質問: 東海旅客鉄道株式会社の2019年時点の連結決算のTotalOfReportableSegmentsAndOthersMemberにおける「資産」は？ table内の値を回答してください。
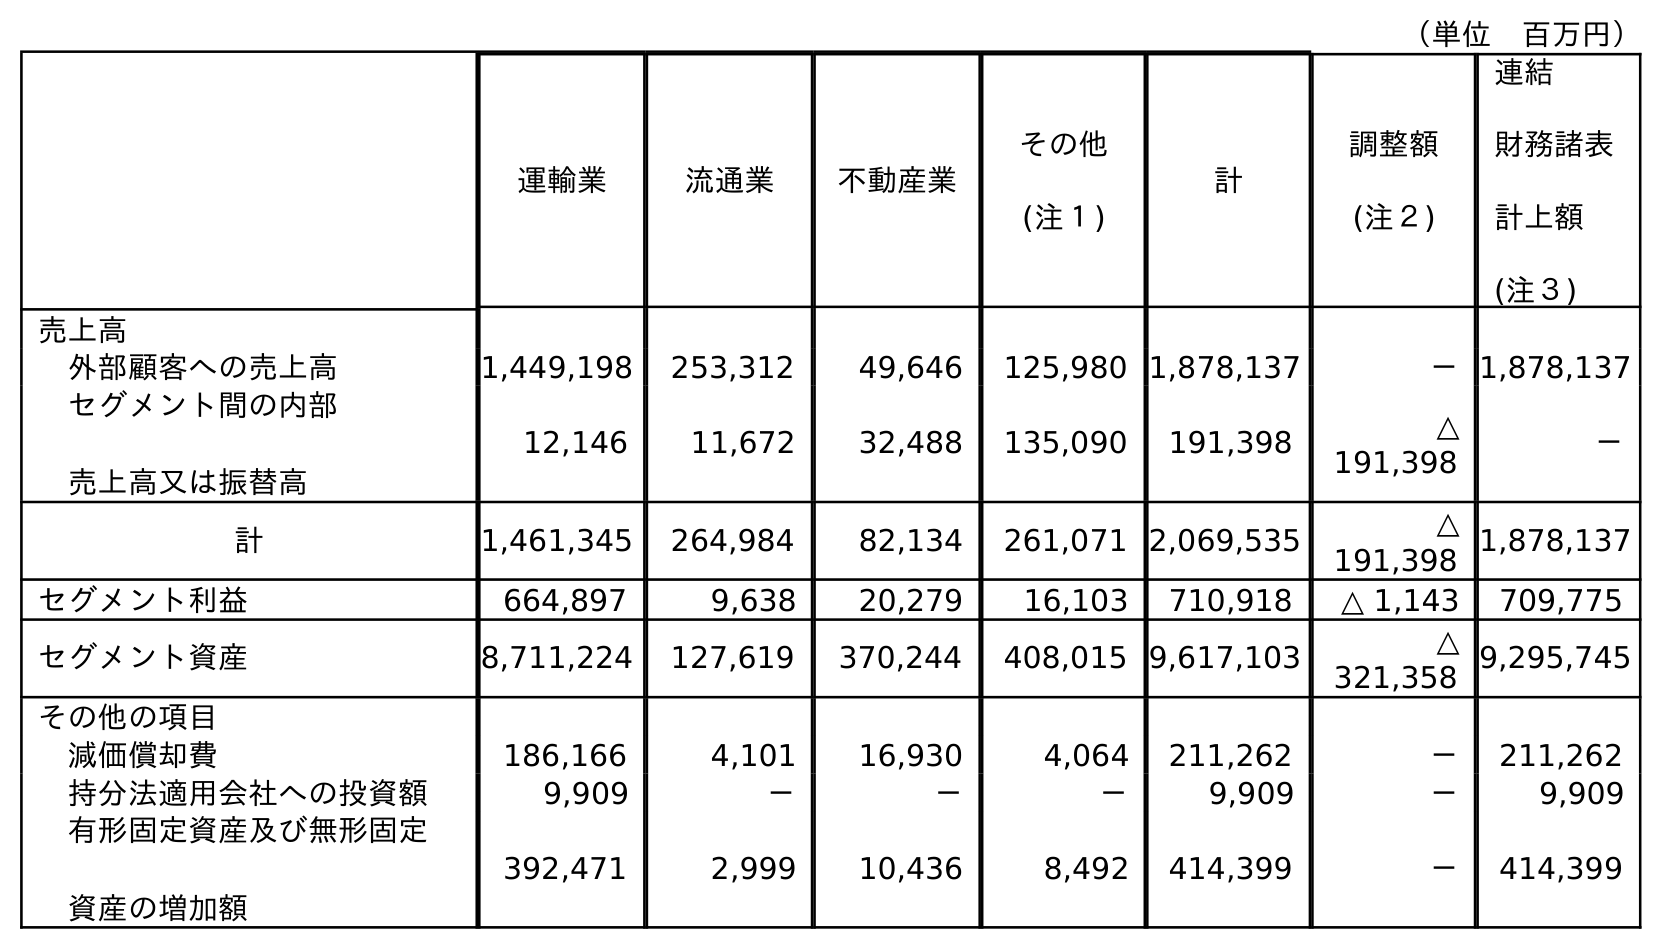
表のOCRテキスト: （単位 百万円） 運輸業 流通業 不動産業 その他 (注１) 計 調整額 (注２) 連結 財務諸表 計上額 (注３) 売上高 外部顧客への売上高 1,449,198 253,312 49,646 125,980 1,878,137 －1,878,137 セグメント間の内部 売上高又は振替高 12,146 11,672 32,488 135,090 191,398 △ 191,398 － 計 1,461,345 264,984 82,134 261,071 2,069,535 △ 191,398 1,878,137 セグメント利益 664,897 9,638 20,279 16,103 710,918 △ 1,143 709,775 セグメント資産 8,711,224 127,619 370,244 408,015 9,617,103 △ 321,358 9,295,745 その他の項目 減価償却費 186,166 4,101 16,930 4,064 211,262 － 211,262 持分法適用会社への投資額 9,909 － － － 9,909 － 9,909 有形固定資産及び無形固定 資産の増加額 392,471 2,999 10,436 8,492 414,399 － 414,399
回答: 9,617,103